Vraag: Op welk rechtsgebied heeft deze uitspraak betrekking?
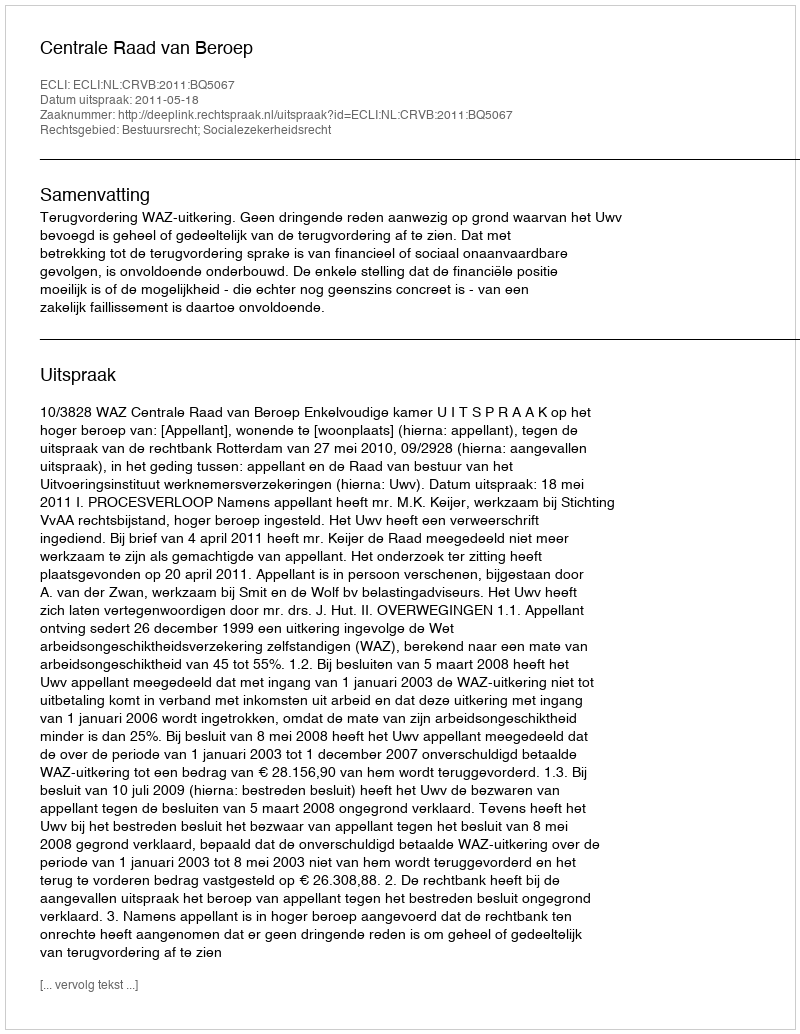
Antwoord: Bestuursrecht; Socialezekerheidsrecht